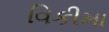
વિકીમા